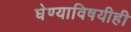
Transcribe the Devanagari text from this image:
घेण्याविषयीही